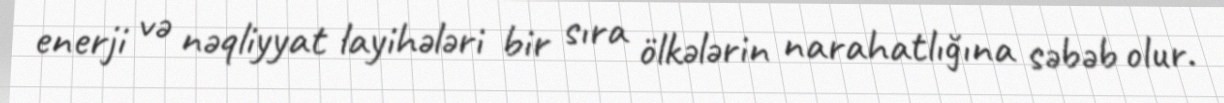
enerji və nəqliyyat layihələri bir sıra ölkələrin narahatlığına səbəb olur.